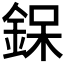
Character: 𮷰